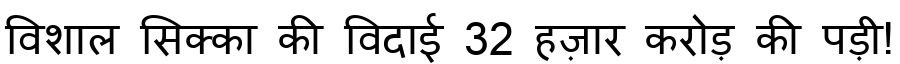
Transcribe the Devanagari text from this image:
विशाल सिक्का की विदाई 32 हज़ार करोड़ की पड़ी!